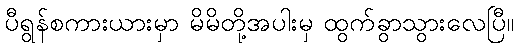
ပီရွန်စကားယားမှာ မိမိတို့အပါးမှ ထွက်ခွာသွားလေပြီ။